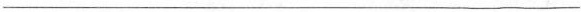
___